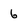
Character: 6